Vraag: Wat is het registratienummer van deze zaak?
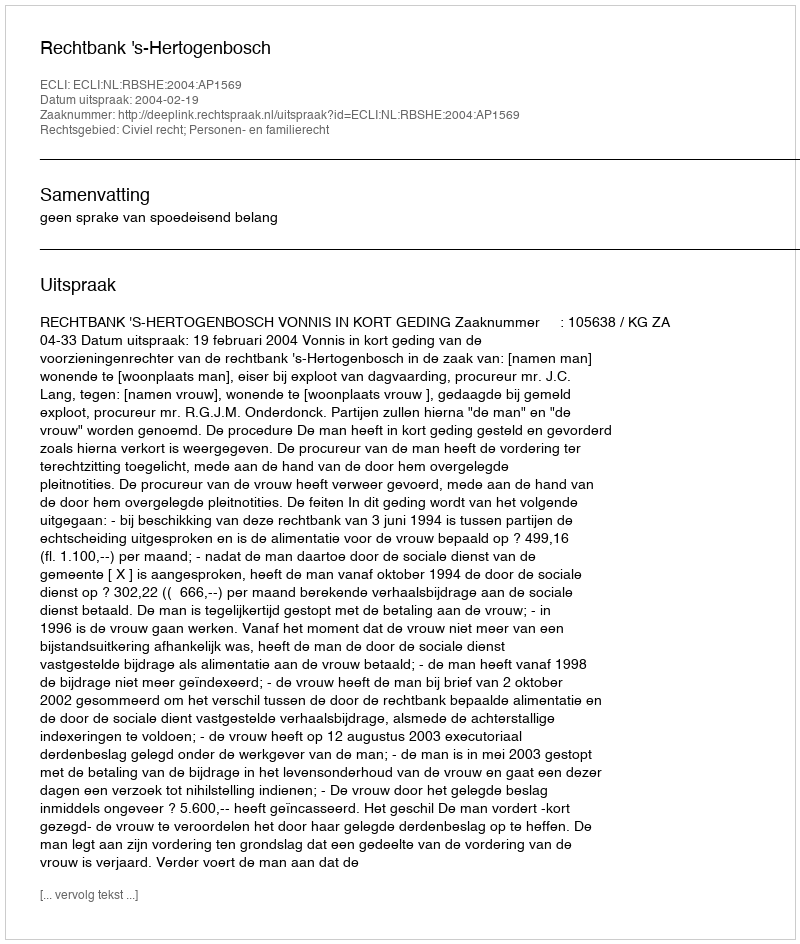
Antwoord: http://deeplink.rechtspraak.nl/uitspraak?id=ECLI:NL:RBSHE:2004:AP1569